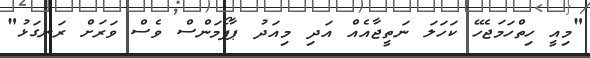
"މިއީ ހިތްހަމަޖެހޭ ކަހަލަ ނަތީޖާއެއް އަދި މިއަދު ޕާފޯމަންސް ވެސް ވަރަށް ރަނގަޅު"